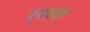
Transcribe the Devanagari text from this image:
ट्रेदमार्क